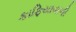
કાફિયાવાળી